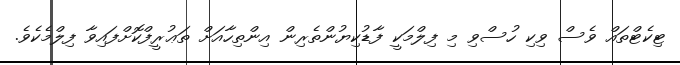
ޓިކެޓްތައް ވެސް ވިކި ހުސްވި މި ފިލްމަކީ ފާޑުކިޔުންތެރިން އިންތިހާއަށް ތަޢުރީފްކޮށްފައިވާ ފިލްމެކެވެ.